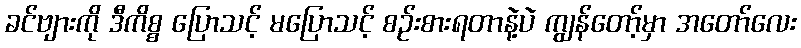
ခင်ဗျားကို ဒီကိစ္စ ပြောသင့် မပြောသင့် စဉ်းစားရတာနဲ့ပဲ ကျွန်တော့်မှာ အတော်လေး